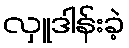
လှူဒါန်းခဲ့